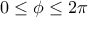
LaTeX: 0 \leq \phi \leq 2 \pi